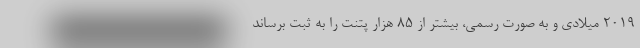
2019 میلادی و به صورت رسمی، بیشتر از 85 هزار پتنت را به ثبت برساند